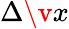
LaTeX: \Delta\v{x}